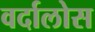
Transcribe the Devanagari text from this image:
वर्दालोस